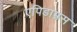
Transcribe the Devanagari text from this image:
एपिडाम्नस